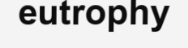
eutrophy